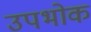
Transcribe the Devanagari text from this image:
उपभोक